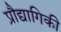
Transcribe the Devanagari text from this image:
प्रौद्यागिकी